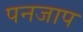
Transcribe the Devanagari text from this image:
पनजाप